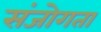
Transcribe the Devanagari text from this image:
संजोगता